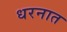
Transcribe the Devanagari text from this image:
धरनात